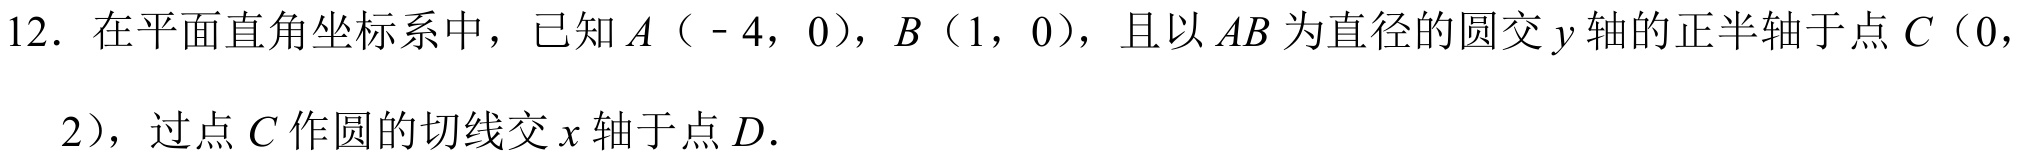
12. 在平面直角坐标系中，已知\(A(-4,0)\)，\(B(1,0)\)，且以\(AB\)为直径的圆交\(y\)轴的正半轴于点\(C(0,2)\)，过点\(C\)作圆的切线交\(x\)轴于点\(D\).